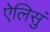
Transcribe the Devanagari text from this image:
ऐलिसुं